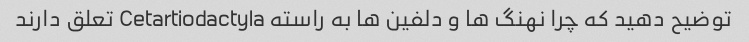
توضیح دهید که چرا نهنگ ها و دلفین ها به راسته Cetartiodactyla تعلق دارند